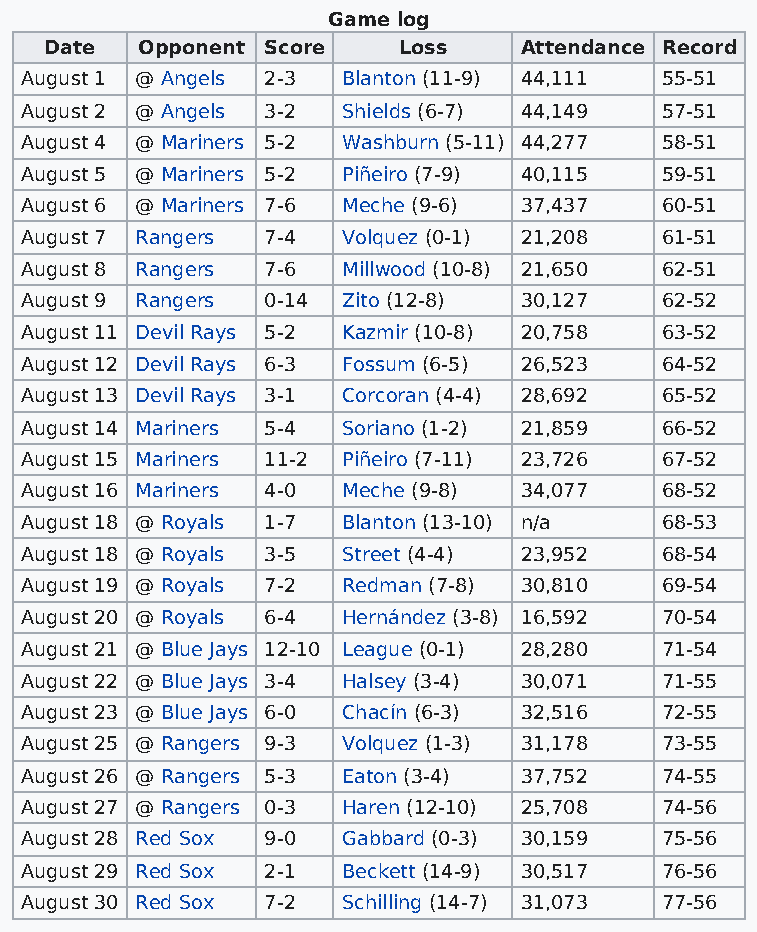
Game log
 Date  Opponent Score   Loss    Attendance Record
 August 1 @ Angels 2-3 Blanton (11-9) 44,111 55-51
 August 2 @ Angels 3-2 Shields (6-7) 44,149 57-51
 August 4 @ Mariners 5-2 Washburn (5-11) 44,277 58-51
 August 5 @ Mariners 5-2 Piñeiro (7-9) 40,115 59-51
 August 6 @ Mariners 7-6 Meche (9-6) 37,437 60-51
 August 7 Rangers 7-4  Volquez (0-1) 21,208 61-51
 August 8 Rangers 7-6  Millwood (10-8) 21,650 62-51
 August 9 Rangers 0-14 Zito (12-8) 30,127   62-52
 August 11 Devil Rays 5-2 Kazmir (10-8) 20,758 63-52
 August 12 Devil Rays 6-3 Fossum (6-5) 26,523 64-52
 August 13 Devil Rays 3-1 Corcoran (4-4) 28,692 65-52
 August 14 Mariners 5-4 Soriano (1-2) 21,859 66-52
 August 15 Mariners 11-2 Piñeiro (7-11) 23,726 67-52
 August 16 Mariners 4-0 Meche (9-8) 34,077  68-52
 August 18 @ Royals 1-7 Blanton (13-10) n/a 68-53
 August 18 @ Royals 3-5 Street (4-4) 23,952 68-54
 August 19 @ Royals 7-2 Redman (7-8) 30,810 69-54
 August 20 @ Royals 6-4 Hernández (3-8) 16,592 70-54
 August 21 @ Blue Jays 12-10 League (0-1) 28,280 71-54
 August 22 @ Blue Jays 3-4 Halsey (3-4) 30,071 71-55
 August 23 @ Blue Jays 6-0 Chacín (6-3) 32,516 72-55
 August 25 @ Rangers 9-3 Volquez (1-3) 31,178 73-55
 August 26 @ Rangers 5-3 Eaton (3-4) 37,752 74-55
 August 27 @ Rangers 0-3 Haren (12-10) 25,708 74-56
 August 28 Red Sox 9-0 Gabbard (0-3) 30,159 75-56
 August 29 Red Sox 2-1 Beckett (14-9) 30,517 76-56
 August 30 Red Sox 7-2 Schilling (14-7) 31,073 77-56